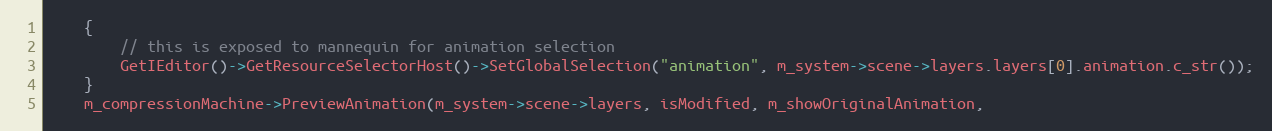
Language: C++
	{
		// this is exposed to mannequin for animation selection
		GetIEditor()->GetResourceSelectorHost()->SetGlobalSelection("animation", m_system->scene->layers.layers[0].animation.c_str());
	}
	m_compressionMachine->PreviewAnimation(m_system->scene->layers, isModified, m_showOriginalAnimation,